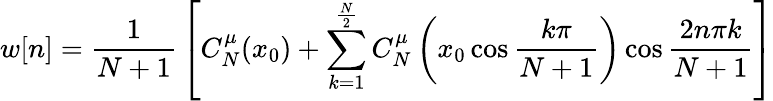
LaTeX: w[n]={\frac{1}{N+1}}\left[C_{N}^{\mu}(x_{0})+\sum_{k=1}^{\frac{N}{2}}C_{N}^{\mu}\left(x_{0}\cos{\frac{k\pi}{N+1}}\right)\cos{\frac{2n\pi k}{N+1}}\right]